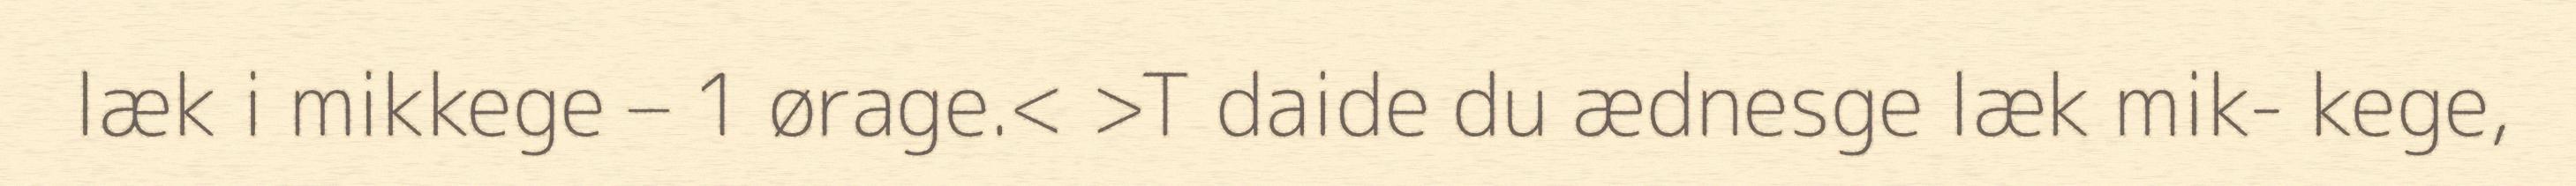
læk i mikkege – 1 ørage.< >T daide du ædnesge læk mik- kege,